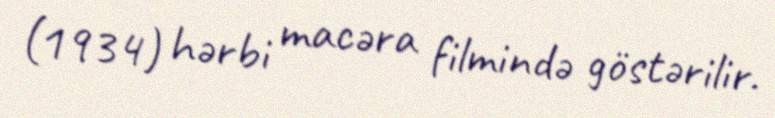
(1934) hərbi macəra filmində göstərilir.